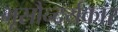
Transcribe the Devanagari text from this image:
भूसौन्दर्यकार